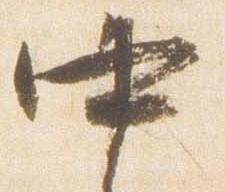
中